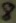
Text: 8